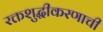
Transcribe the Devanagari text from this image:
रक्तशुद्धीकरणाची